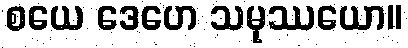
စယေ ဒေဟေ သမုဿယော။